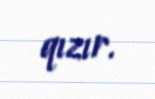
qızır.